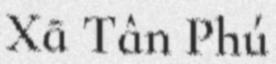
Xã Tân Phú